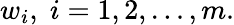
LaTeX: w_{i},\; i=1,2,\ldots,m.